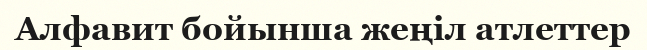
Алфавит бойынша жеңіл атлеттер